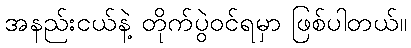
အနည်းငယ်နဲ့ တိုက်ပွဲဝင်ရမှာ ဖြစ်ပါတယ်။